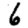
Digit: 6